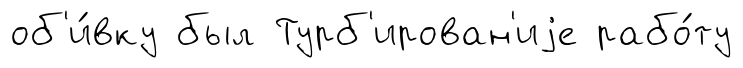
об'и́вку был Турб'ирован'иjе рабо́ту